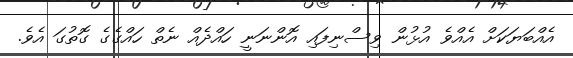
އެއްބަޔަކަށް އެއްވެ އުޅުން ވިސްނިފައި އޮންނަނީ ހައްދެއް ނެތް ހައްގެގެ ގޮތުގަ އެވެ.